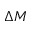
\Delta { M }